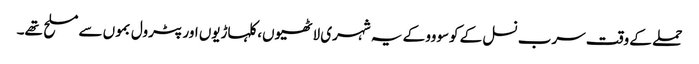
حملے کے وقت سرب نسل کے کوسووو کے یہ شہری لاٹھیوں، کلہاڑیوں اور پٹرول بموں سے مسلح تھے۔